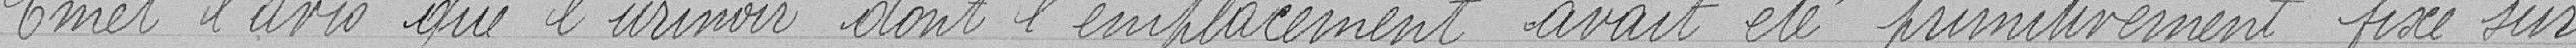
Emet l'avis que l'urinoir dont l'emplacement avait été primitivement fixé sur